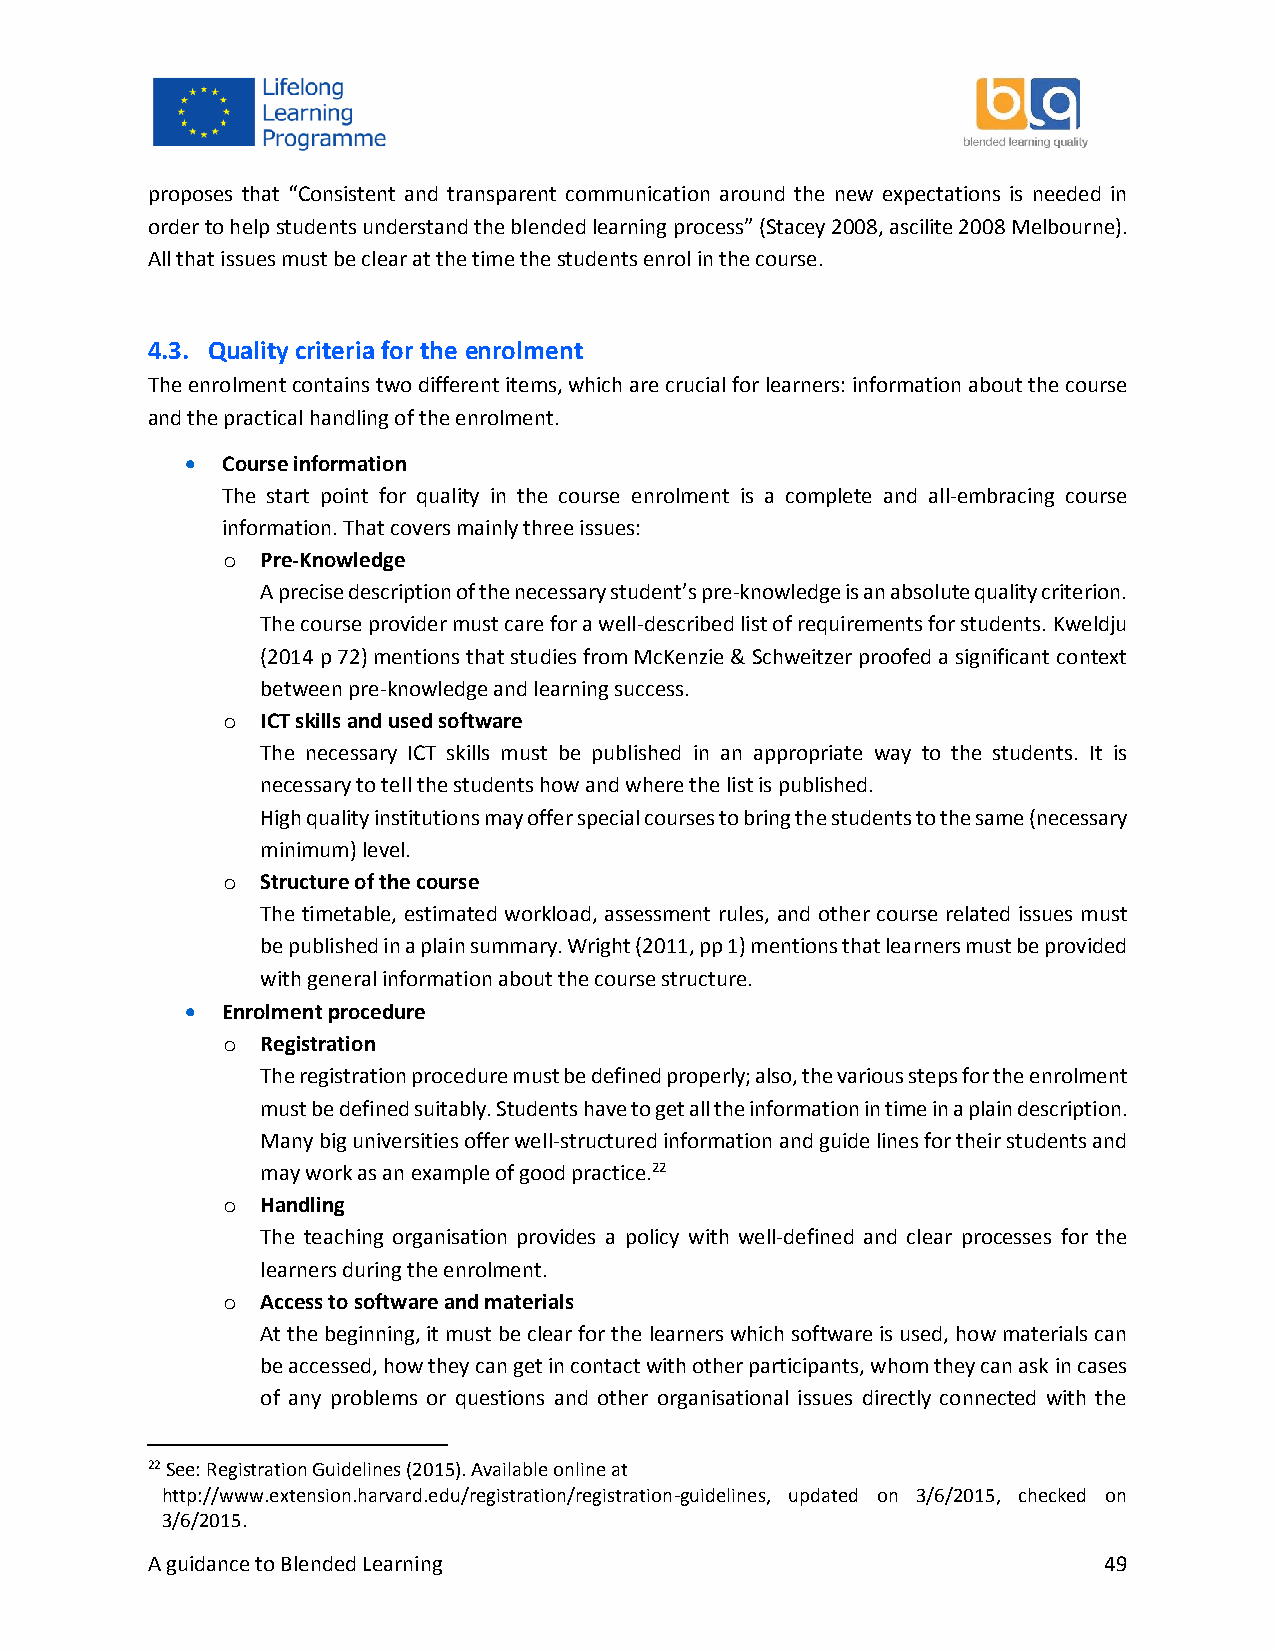
proposes that “Consistent and transparent communication around the new expectations is needed in
 order to help students understand the blended learning process” (Stacey 2008, ascilite 2008 Melbourne).
 All that issues must be clear at the time the students enrol in the course.
 4.3. Quality criteria for the enrolment
 The enrolment contains two different items, which are crucial for learners: information about the course
 and the practical handling of the enrolment.
   Course information
 The start point for quality in the course enrolment is a complete and all-embracing course
 information. That covers mainly three issues:
 o Pre-Knowledge
 A precise description of the necessary student’s pre-knowledge is an absolute quality criterion.
 The course provider must care for a well-described list of requirements for students. Kweldju
 (2014 p 72) mentions that studies from McKenzie & Schweitzer proofed a significant context
 between pre-knowledge and learning success.
 o ICT skills and used software
 The necessary ICT skills must be published in an appropriate way to the students. It is
 necessary to tell the students how and where the list is published.
 High quality institutions may offer special courses to bring the students to the same (necessary
 minimum) level.
 o Structure of the course
 The timetable, estimated workload, assessment rules, and other course related issues must
 be published in a plain summary. Wright (2011, pp 1) mentions that learners must be provided
 with general information about the course structure.
   Enrolment procedure
 o Registration
 The registration procedure must be defined properly; also, the various steps for the enrolment
 must be defined suitably. Students have to get all the information in time in a plain description.
 Many big universities offer well-structured information and guide lines for their students and
 may work as an example of good practice.22
 o Handling
 The teaching organisation provides a policy with well-defined and clear processes for the
 learners during the enrolment.
 o Access to software and materials
 At the beginning, it must be clear for the learners which software is used, how materials can
 be accessed, how they can get in contact with other participants, whom they can ask in cases
 of any problems or questions and other organisational issues directly connected with the
 22 See: Registration Guidelines (2015). Available online at
 http://www.extension.harvard.edu/registration/registration-guidelines, updated on 3/6/2015, checked on
 3/6/2015.
 A guidance to Blended Learning                                 49